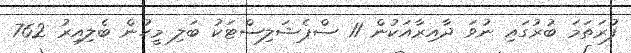
ފުރަތަމަ ބުރުގައި ނުވަ ދާއިރާއަކުން 11 ސްޕެޝަލިސްޓަކު ބަލި މީހުން ބެލިއިރު 762